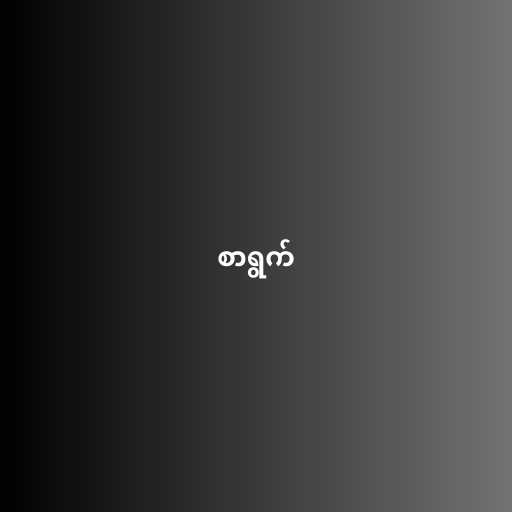
စာရွက်